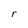
Character: r